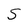
Character: S